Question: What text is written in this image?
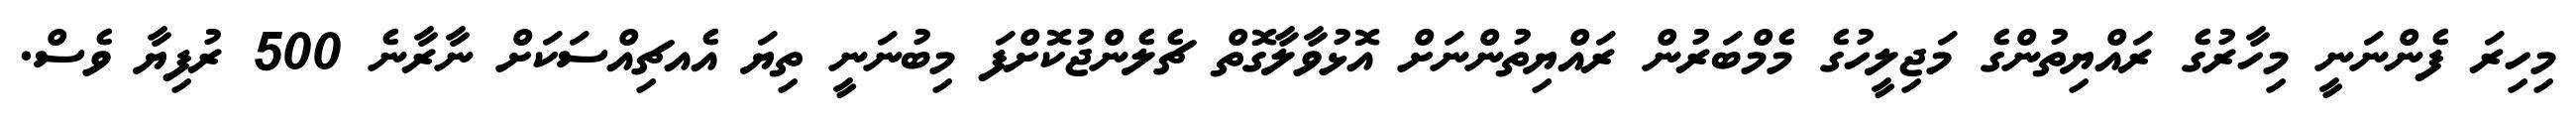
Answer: މިހިރަ ފެންނަނީ މިހާރުގެ ރައްޔިތުންގެ މަޖިލީހުގެ މެމްބަރުން ރައްޔިތުންނަށް އޮޅުވާލާގޮތް ޗެލެންޖުކޮށްފަ މިބުނަނީ ތިޔަ އެއޗިއްސަކަށް ނާރާނެ 500 ރުފިޔާ ވެސް.